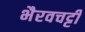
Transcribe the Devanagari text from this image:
भैरवचट्टी